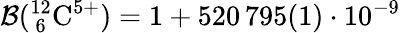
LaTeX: \mathcal{B}({}_{~6}^{12}\mathrm{{C}}^{5+})=1+520\, 795(1)\cdot10^{-9}